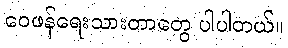
ဝေဖန်ရေးသားတာတွေ ပါပါတယ်။